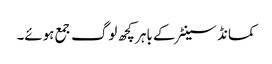
کمانڈ سینٹر کے باہر کچھ لوگ جمع ہوئے۔